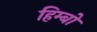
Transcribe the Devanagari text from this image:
हिम्बो